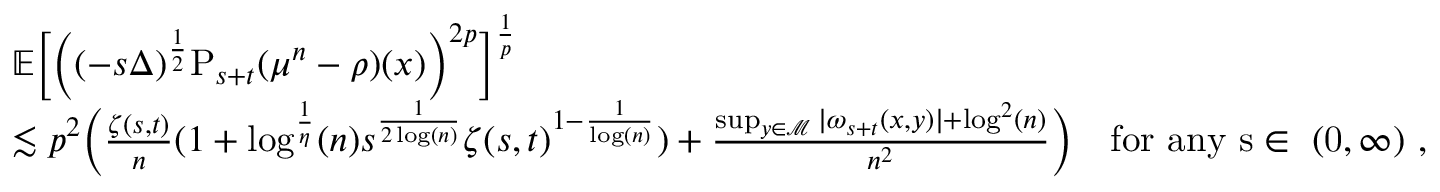
\begin{array} { r l } & { \mathbb { E } \Big [ \Big ( ( - s \Delta ) ^ { \frac { 1 } { 2 } } \mathrm { P } _ { s + t } ( \mu ^ { n } - \rho ) ( x ) \Big ) ^ { 2 p } \Big ] ^ { \frac { 1 } { p } } } \\ & { \lesssim p ^ { 2 } \bigg ( \frac { \zeta ( s , t ) } { n } ( 1 + \log ^ { \frac { 1 } { \eta } } ( n ) s ^ { \frac { 1 } { 2 \log ( n ) } } \zeta ( s , t ) ^ { 1 - \frac { 1 } { \log ( n ) } } ) + \frac { \operatorname* { s u p } _ { y \in \mathcal { M } } \vert \omega _ { s + t } ( x , y ) \vert + \log ^ { 2 } ( n ) } { n ^ { 2 } } \bigg ) \quad \mathrm { f o r ~ a n y ~ s \in ~ ( 0 , \infty ) ~ , } } \end{array}